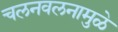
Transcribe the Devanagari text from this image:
चलनवलनामुळे